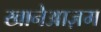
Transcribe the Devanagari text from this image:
खानेआज़म